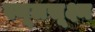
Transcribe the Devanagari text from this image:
स्थूलसूक्ष्म